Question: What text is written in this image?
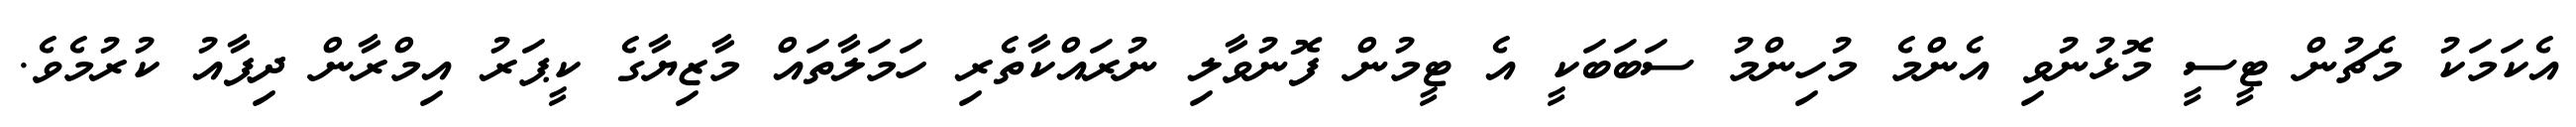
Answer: އެކަމަކު މެޗުން ޓީސީ މޮޅުނުވި އެންމެ މުހިންމު ސަބަބަކީ އެ ޓީމުން ފޮނުވާލި ނުރައްކާތެރި ހަމަލާތައް މާޒިޔާގެ ކީޕަރު އިމްރާން ދިފާއު ކުރުމެވެ.